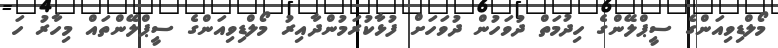
މޯލްޑިވިއަންގެ ސީޕްލޭންގެ ހިދުމަތް ދުވަހުން ދުވަހަށް ފުޅާކުރަމުންދާއިރު މޯލްޑިވިއަންގެ ސީޕްލޭންތައް މިހާރު ހަ